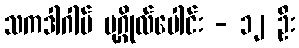
သကဒါဂါမ် ပုဂ္ဂိုလ်ပေါင်း - ၁၂ ဦး